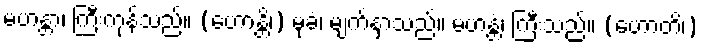
မဟန္တာ၊ ကြီးကုန်သည်။ (ဟောန္တိ၊) မုခံ၊ မျက်နှာသည်။ မဟန္တံ၊ ကြီးသည်။ (ဟောတိ၊)